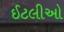
ઈટલીઓ